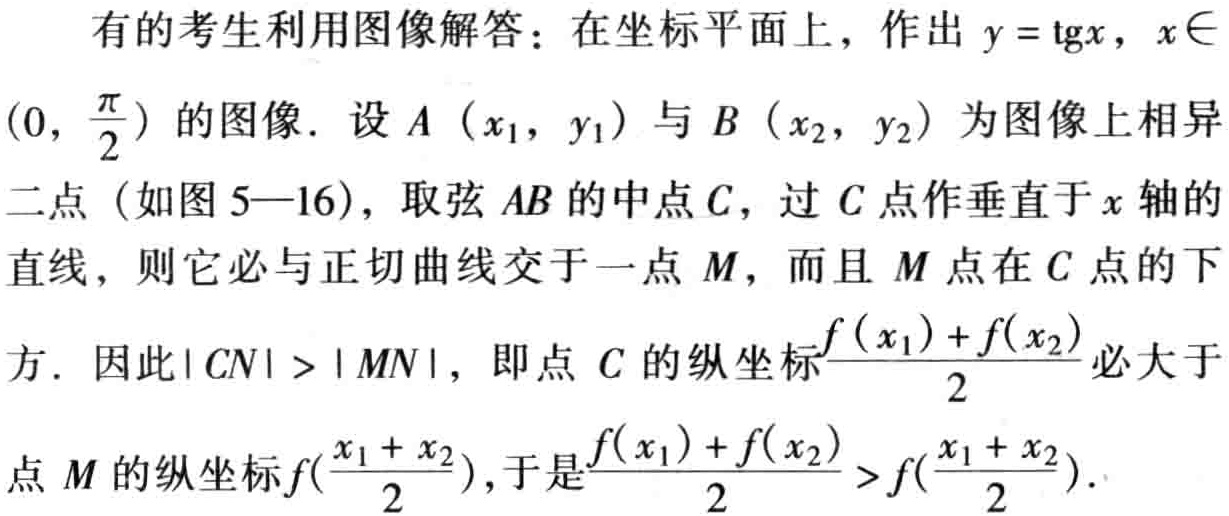
有的考生利用图像解答：在坐标平面上，作出 \(y = \mathrm{tg}x\)，\(x\in(0,\frac{\pi}{2})\) 的图像. 设 \(A(x_1,y_1)\) 与 \(B(x_2,y_2)\) 为图像上相异二点（如图 5—16），取弦 \(AB\) 的中点 \(C\)，过 \(C\) 点作垂直于 \(x\) 轴的直线，则它必与正切曲线交于一点 \(M\)，而且 \(M\) 点在 \(C\) 点的下方. 因此\(\vert CN\vert>\vert MN\vert\)，即点 \(C\) 的纵坐标\(\frac{f(x_1)+f(x_2)}{2}\)必大于点 \(M\) 的纵坐标\(f(\frac{x_1 + x_2}{2})\)，于是\(\frac{f(x_1)+f(x_2)}{2}>f(\frac{x_1 + x_2}{2})\).